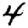
Digit: 4